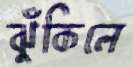
ঝুঁকিলে